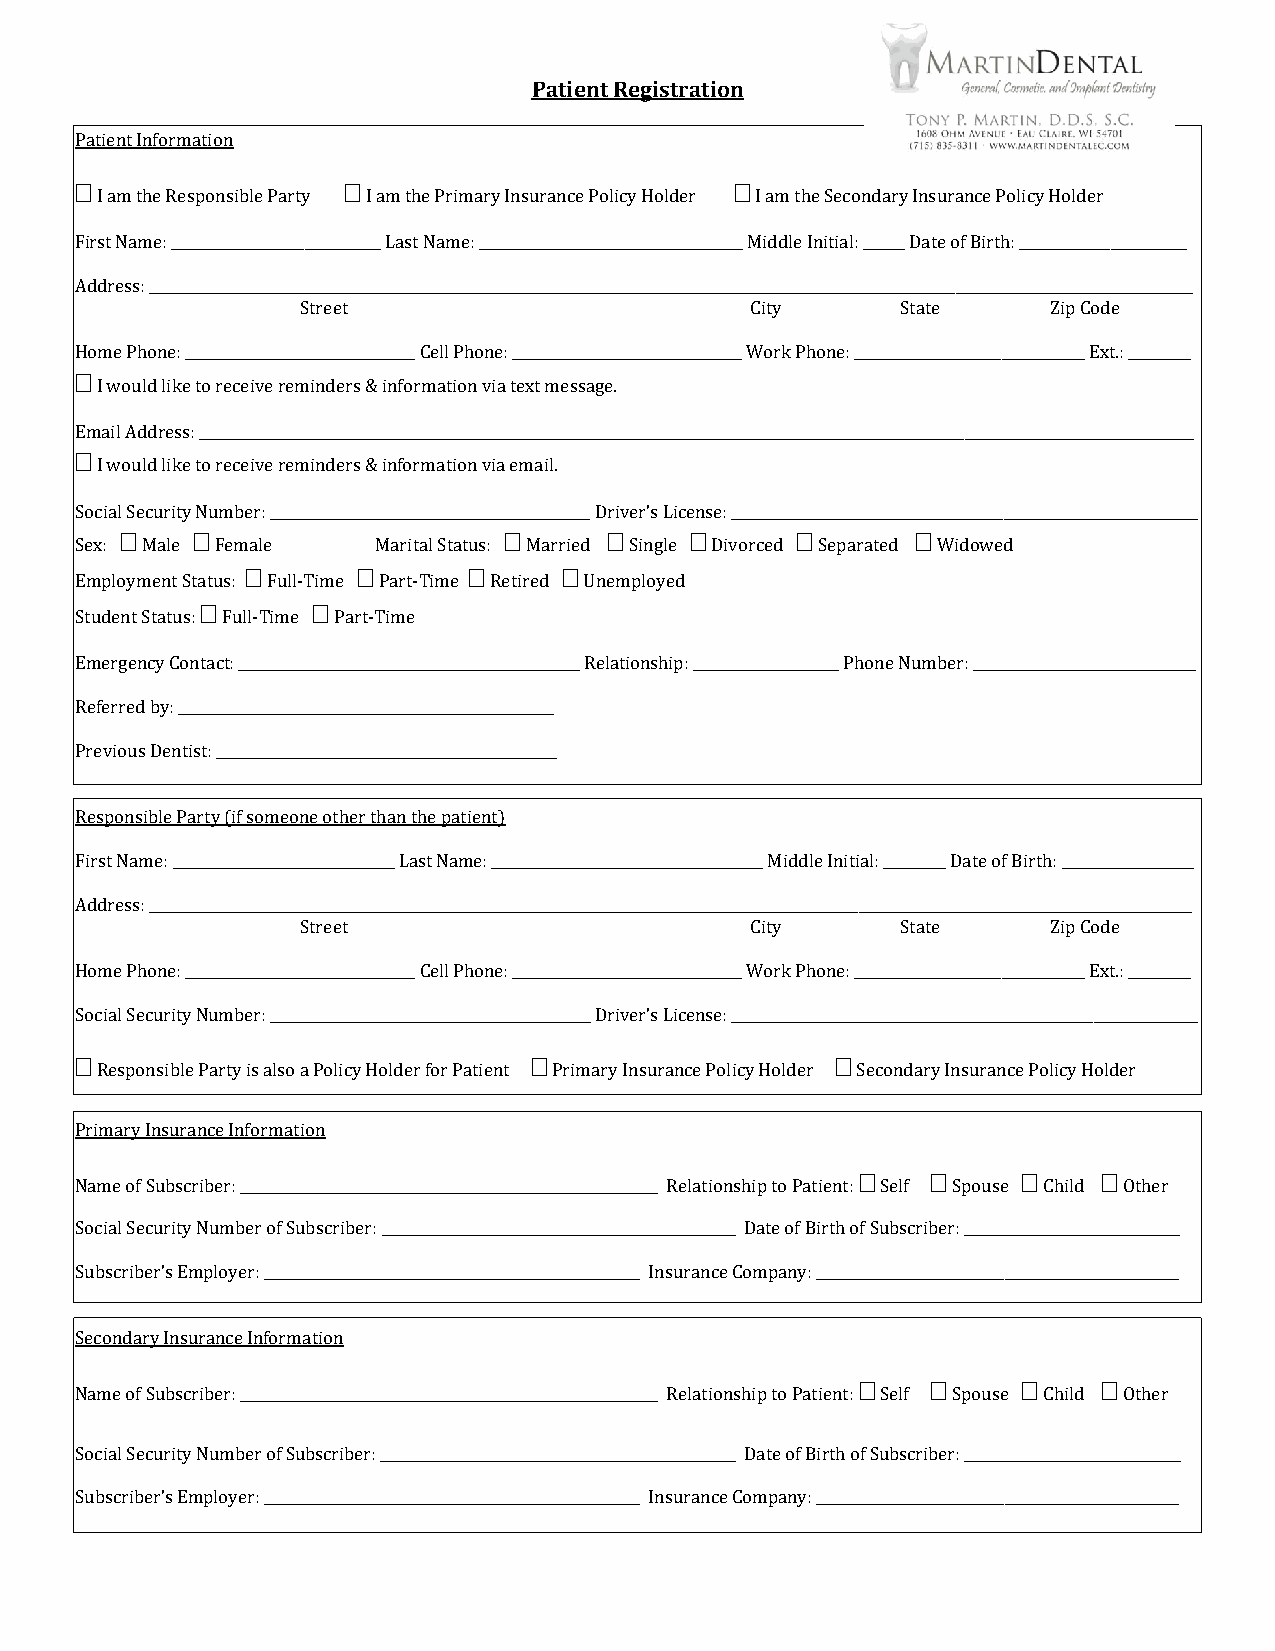
Patient Registration
 Patient Information
                                           
 I am the Responsible Party I am the Primary Insurance Policy Holder I am the Secondary Insurance Policy Holder
 First Name: ______________________________ Last Name: ______________________________________ Middle Initial: ______ Date of Birth: ________________________
 Address: ______________________________________________________________________________________________________________________________________________________
 Street                        City      State     Zip Code
 Home Phone: _________________________________ Cell Phone: _________________________________ Work Phone: _________________________________ Ext.: _________
 
 I would like to receive reminders & information via text message.
 Email Address: _______________________________________________________________________________________________________________________________________________
 
 I would like to receive reminders & information via email.
 Social Security Number: ______________________________________________ Driver’s License: ___________________________________________________________________
                                                
 Sex: Male Female    Marital Status: Married Single Divorced Separated Widowed
                   
 Employment Status: Full-Time Part-Time Retired Unemployed
        
 Student Status: Full-Time Part-Time
 Emergency Contact: _________________________________________________ Relationship: _____________________ Phone Number: ________________________________
 Referred by: ______________________________________________________
 Previous Dentist: _________________________________________________
 Responsible Party (if someone other than the patient)
 First Name: ________________________________ Last Name: _______________________________________ Middle Initial: _________ Date of Birth: ___________________
 Address: ______________________________________________________________________________________________________________________________________________________
 Street                        City      State     Zip Code
 Home Phone: _________________________________ Cell Phone: _________________________________ Work Phone: _________________________________ Ext.: _________
 Social Security Number: ______________________________________________ Driver’s License: ___________________________________________________________________
                                                 
 Responsible Party is also a Policy Holder for Patient Primary Insurance Policy Holder Secondary Insurance Policy Holder
 Primary Insurance Information
              
 Name of Subscriber: ____________________________________________________________ Relationship to Patient: Self Spouse Child Other
 Social Security Number of Subscriber: ___________________________________________________ Date of Birth of Subscriber: _______________________________
 Subscriber’s Employer: ______________________________________________________ Insurance Company: ____________________________________________________
 Secondary Insurance Information
              
 Name of Subscriber: ____________________________________________________________ Relationship to Patient: Self Spouse Child Other
 Social Security Number of Subscriber: ___________________________________________________ Date of Birth of Subscriber: _______________________________
 Subscriber’s Employer: ______________________________________________________ Insurance Company: ____________________________________________________